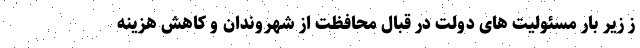
ز زیر بار مسئولیت های دولت در قبال محافظت از شهروندان و کاهش هزینه